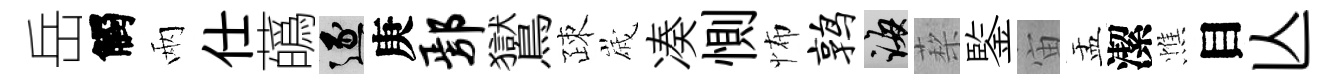
岳觸兩仕蘤逐庚鄢鸑疎𡻕凑惻怖鹑誨蔾鍳宙盂潔憔目亾